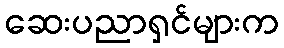
ဆေးပညာရှင်များက